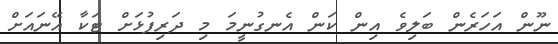
ނޫން އަހަރެން ބަލިވެ އިން ކަން އެނގުނީމަ މި ދަރިފުޅަށް ޓަކާ އޭނައަށް